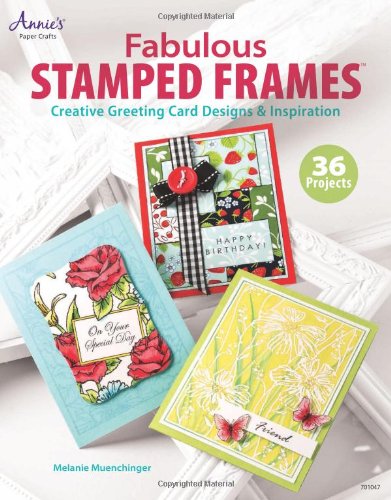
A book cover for Fabulous Stamped Frames: Creative Greeting Card Designs & Inspiration (Annie's Attic: Paper Crafts); Melanie Muenchinger; Crafts, Hobbies & Home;